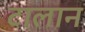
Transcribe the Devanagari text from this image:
टालान